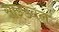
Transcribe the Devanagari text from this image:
साइडवेल